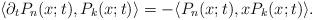
LaTeX: \begin{align*}\langle \partial_t P_n(x;t),P_k(x;t)\rangle=-\langle P_n(x;t),xP_k(x;t)\rangle.\end{align*}